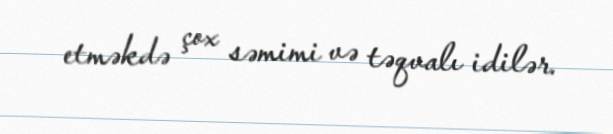
etməkdə çox səmimi və təqvalı idilər.